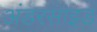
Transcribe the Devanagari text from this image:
अंडरसाइड